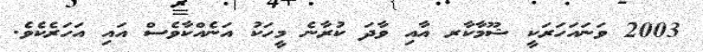
2003 ވަނައަހަރަކީ ޝޫމާކާރ އާއި ވާދަ ކުރާނެ މީހަކު އަނެއްކާވެސް އައި އަހަރެކެވެ.